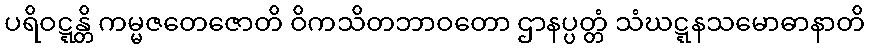
ပရိဝဋ္ဋန္တိ ကမ္မဇတေဇောတိ ဝိကသိတဘာဝတော ဌာနပ္ပတ္တံ သံဃဋ္ဋနသမောဓာနာတိ